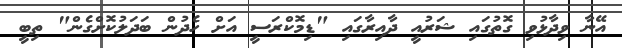
އޭނާ ވިދާޅުވި ގޮތުގައި ޝަރުއީ ދާއިރާގައި "ޑިމޮކްރަސީ އަށް ހެދުން ބަދަލުކޮށްގެން" ތިބީ